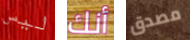
ليس أنك مصدق